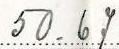
50.67